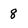
Character: 8